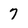
Character: 7